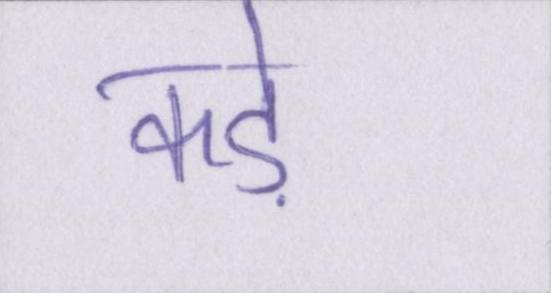
कड़े